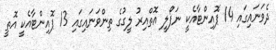
ދެވަނައިގައި 14 ޕޮއިންޓާއެކީ ނަޕޯލީ އޮތްއިރު ލީގުގެ ތިންވަނައިގައި 13 ޕޮއިންޓާއެކީ އޮތީ